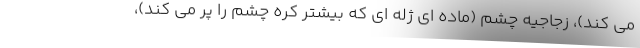
می کند)، زجاجیه چشم (ماده ای ژله ای که بیشتر کره چشم را پر می کند)،